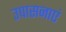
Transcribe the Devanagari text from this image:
उपासनाएं